Civil Veterinary Department Bihar & Orissa reports 1929-36 - 1929-1936
Year: 1929
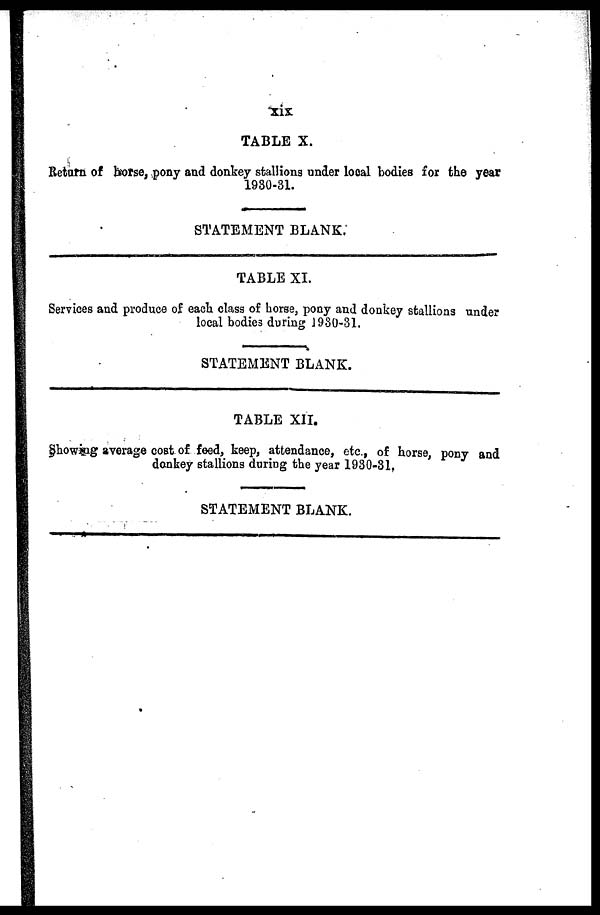
xix
TABLE X.
Return of horse, pony and donkey stallions under local bodies for the year
1930-31.
STATEMENT BLANK.
TABLE XI.
Services and produce of each class of horse, pony and donkey stallions under
local bodies during 1930-31.
STATEMENT BLANK.
TABLE XII.
Showing average cost of feed, keep, attendance, etc., of horse, pony and
donkey stallions during the year 1930-31.
STATEMENT BLANK.